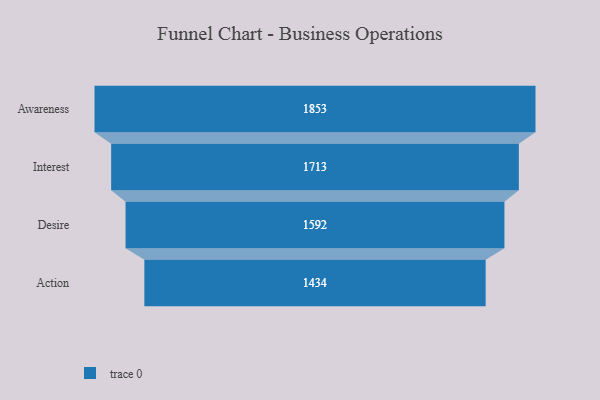
{"axis": {"x": "Stage", "y": "Value"}, "legend": [""], "data": [{"x": "Awareness", "y": 1853.0, "type": ""}, {"x": "Interest", "y": 1713.0, "type": ""}, {"x": "Desire", "y": 1592.0, "type": ""}, {"x": "Action", "y": 1434.0, "type": ""}]}